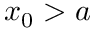
x _ { 0 } > a